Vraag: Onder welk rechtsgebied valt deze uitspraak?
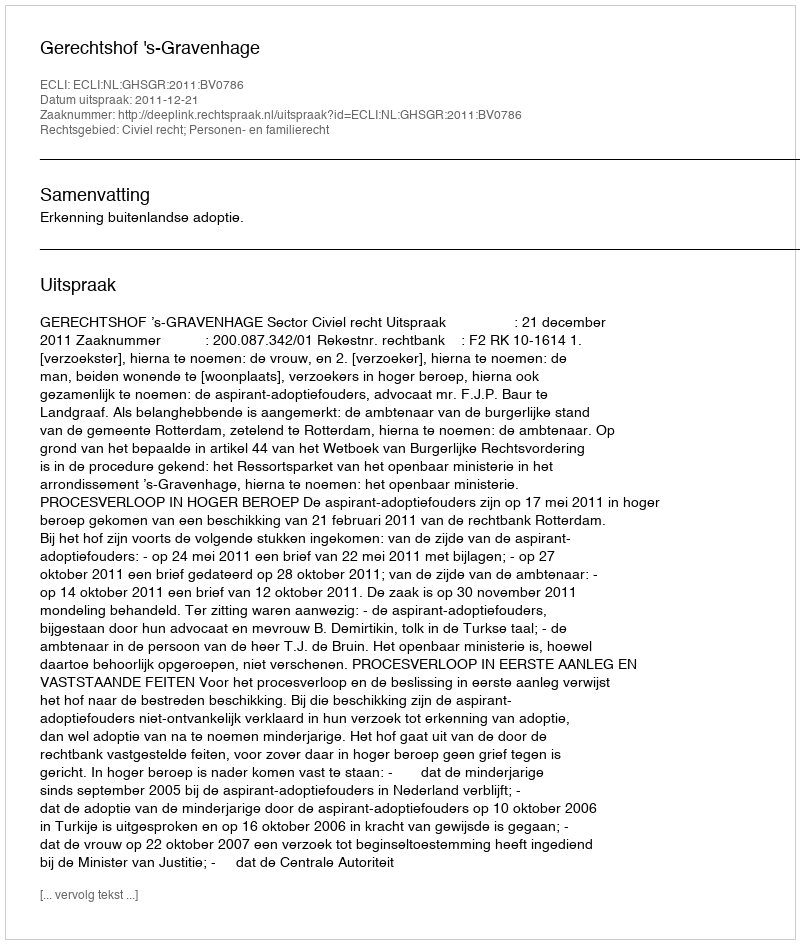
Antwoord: Civiel recht; Personen- en familierecht